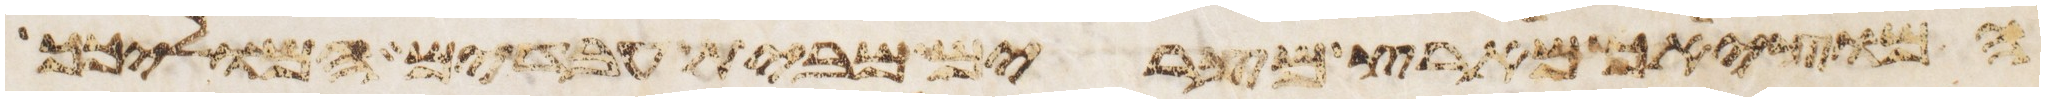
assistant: המוציאך מארץ מצרים מבית עבדים המוליכך